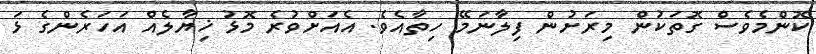
ކޮންމެވެސް ގޮތަކުން މިރަށުން ފިލާނަމޭ ހިތާއެވެ. އެއަށްވުރެ މޮޅު ޚިޔާލެއް އަހަރެންގެ ޅަ